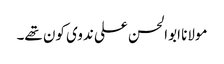
مولانا ابوالحسن علی ندوی کون تھے۔